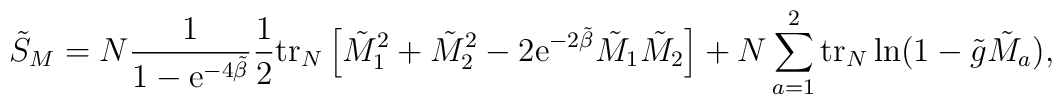
\tilde{S}_M=N\frac{1}{1-{\rm e}^{-4\tilde{\beta}}}\frac{1}{2}{\rm tr}_N\left[\tilde{M}_1^2+\tilde{M}_2^2-2{\rm e}^{-2\tilde{\beta}}\tilde{M}_1\tilde{M}_2\right]+N\sum_{a=1}^2{\rm tr}_N\ln (1-\tilde{g}\tilde{M}_a),